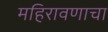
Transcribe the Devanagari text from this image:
महिरावणाचा